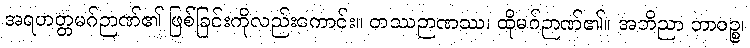
အရဟတ္တမဂ်ဉာဏ်၏ ဖြစ်ခြင်းကိုလည်းကောင်း။ တဿဉာဏဿ၊ ထိုမဂ်ဉာဏ်၏။ အဘိညာ ဘာဝဉ္စ၊